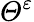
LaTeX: \varTheta^{\varepsilon}